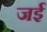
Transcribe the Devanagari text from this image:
जईं